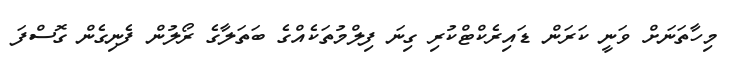
މިހާތަނަށް ވަނީ ކަރަން ޑައިރެކްޓްކުރި ގިނަ ފިލްމުތަކެއްގެ ބަތަލާގެ ރޯލުން ފެނިގެން ގޮސްފަ